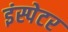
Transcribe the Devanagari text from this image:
इंस्पेटर